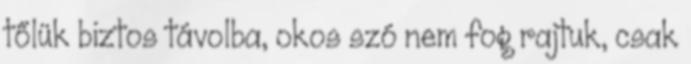
tőlük biztos távolba, okos szó nem fog rajtuk, csak